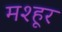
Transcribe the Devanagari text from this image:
मश्‍हूर